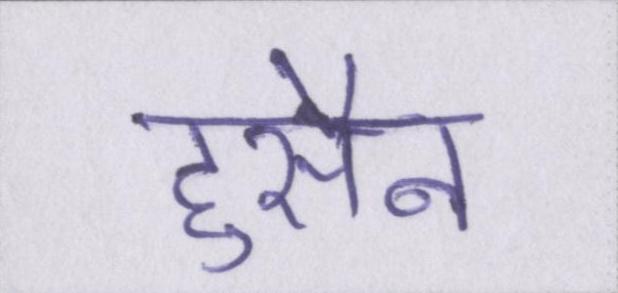
हुसैन